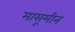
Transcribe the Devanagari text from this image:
मासूमीन